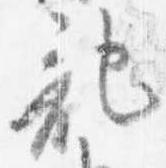
記